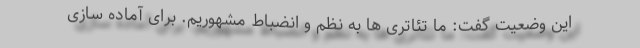
این وضعیت گفت: ما تئاتری ها به نظم و انضباط مشهوریم. برای آماده سازی